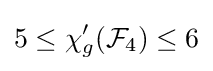
5\leq \chi '_{g}({\mathcal {F}}_{4})\leq 6